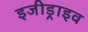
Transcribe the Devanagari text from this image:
इजीड्राइव